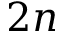
2 n